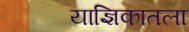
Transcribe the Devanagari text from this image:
याज्ञिकातला